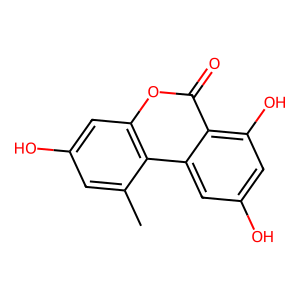
SMILES: Cc1cc(O)cc2oc(=O)c3c(O)cc(O)cc3c12
Inhibits HIV replication: No